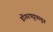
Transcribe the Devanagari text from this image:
डोंगरपट्ट्यातून